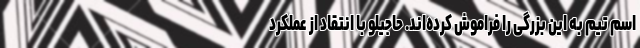
اسم تیم به این بزرگی را فراموش کرده‌اند. حاجیلو با انتقاد از عملکرد